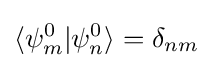
\langle \psi _{m}^{0}|\psi _{n}^{0}\rangle =\delta _{nm}